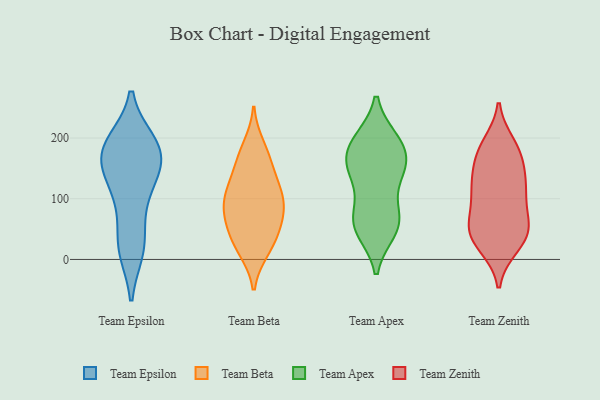
{"axis": {"x": "Market Share (%)", "y": "Value"}, "legend": ["Team Apex", "Team Beta", "Team Epsilon", "Team Zenith"], "data": [{"x": "", "y": 118, "type": "Team Epsilon"}, {"x": "", "y": 16, "type": "Team Epsilon"}, {"x": "", "y": 193, "type": "Team Epsilon"}, {"x": "", "y": 192, "type": "Team Epsilon"}, {"x": "", "y": 21, "type": "Team Epsilon"}, {"x": "", "y": 161, "type": "Team Epsilon"}, {"x": "", "y": 184, "type": "Team Epsilon"}, {"x": "", "y": 192, "type": "Team Epsilon"}, {"x": "", "y": 75, "type": "Team Epsilon"}, {"x": "", "y": 163, "type": "Team Epsilon"}, {"x": "", "y": 160, "type": "Team Epsilon"}, {"x": "", "y": 114, "type": "Team Epsilon"}, {"x": "", "y": 20, "type": "Team Epsilon"}, {"x": "", "y": 149, "type": "Team Epsilon"}, {"x": "", "y": 104, "type": "Team Beta"}, {"x": "", "y": 19, "type": "Team Beta"}, {"x": "", "y": 186, "type": "Team Beta"}, {"x": "", "y": 106, "type": "Team Beta"}, {"x": "", "y": 71, "type": "Team Beta"}, {"x": "", "y": 50, "type": "Team Beta"}, {"x": "", "y": 170, "type": "Team Beta"}, {"x": "", "y": 16, "type": "Team Beta"}, {"x": "", "y": 90, "type": "Team Beta"}, {"x": "", "y": 134, "type": "Team Beta"}, {"x": "", "y": 84, "type": "Team Beta"}, {"x": "", "y": 156, "type": "Team Beta"}, {"x": "", "y": 115, "type": "Team Beta"}, {"x": "", "y": 62, "type": "Team Beta"}, {"x": "", "y": 32, "type": "Team Beta"}, {"x": "", "y": 195, "type": "Team Apex"}, {"x": "", "y": 182, "type": "Team Apex"}, {"x": "", "y": 154, "type": "Team Apex"}, {"x": "", "y": 66, "type": "Team Apex"}, {"x": "", "y": 143, "type": "Team Apex"}, {"x": "", "y": 146, "type": "Team Apex"}, {"x": "", "y": 140, "type": "Team Apex"}, {"x": "", "y": 195, "type": "Team Apex"}, {"x": "", "y": 185, "type": "Team Apex"}, {"x": "", "y": 74, "type": "Team Apex"}, {"x": "", "y": 62, "type": "Team Apex"}, {"x": "", "y": 49, "type": "Team Apex"}, {"x": "", "y": 52, "type": "Team Apex"}, {"x": "", "y": 112, "type": "Team Zenith"}, {"x": "", "y": 171, "type": "Team Zenith"}, {"x": "", "y": 110, "type": "Team Zenith"}, {"x": "", "y": 24, "type": "Team Zenith"}, {"x": "", "y": 177, "type": "Team Zenith"}, {"x": "", "y": 150, "type": "Team Zenith"}, {"x": "", "y": 55, "type": "Team Zenith"}, {"x": "", "y": 22, "type": "Team Zenith"}, {"x": "", "y": 39, "type": "Team Zenith"}, {"x": "", "y": 129, "type": "Team Zenith"}, {"x": "", "y": 48, "type": "Team Zenith"}, {"x": "", "y": 43, "type": "Team Zenith"}, {"x": "", "y": 109, "type": "Team Zenith"}, {"x": "", "y": 182, "type": "Team Zenith"}, {"x": "", "y": 64, "type": "Team Zenith"}, {"x": "", "y": 189, "type": "Team Zenith"}, {"x": "", "y": 63, "type": "Team Zenith"}, {"x": "", "y": 122, "type": "Team Zenith"}]}